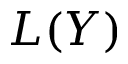
L ( Y )